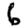
Digit: 6